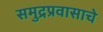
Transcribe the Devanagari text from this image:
समुद्रप्रवासाचे